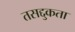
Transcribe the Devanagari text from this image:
तसद्दुकता